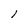
Character: l